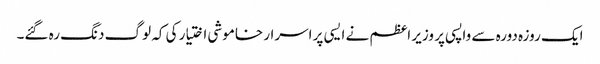
ایک روزہ دورہ سے واپسی پر وزیر اعظم نے ایسی پر اسرار خاموشی اختیار کی کہ لوگ دنگ رہ گئے۔